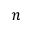
n